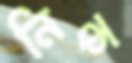
নিক